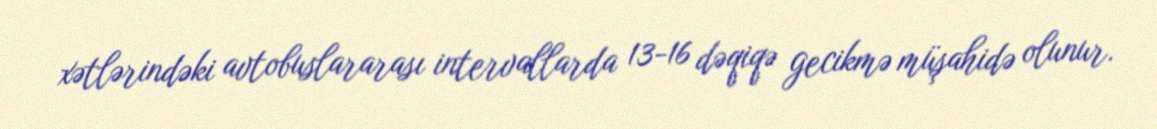
xətlərindəki avtobuslararası intervallarda 13-16 dəqiqə gecikmə müşahidə olunur.